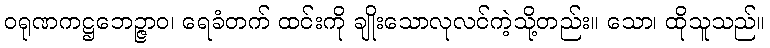
ဝရုဏကဋ္ဌဘေဉ္ဇာဝ၊ ရေခံတက် ထင်းကို ချိုးသောလုလင်ကဲ့သို့တည်း။ သော၊ ထိုသူသည်။